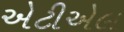
એટીએલ